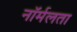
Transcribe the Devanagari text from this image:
नॉर्मलता